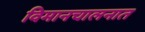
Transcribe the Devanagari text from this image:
विमानचालनात